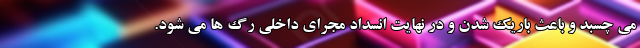
می چسبد و باعث باریک شدن و در نهایت انسداد مجرای داخلی رگ ها می شود.